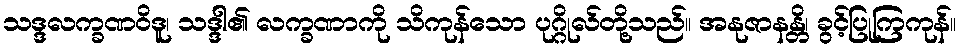
သဒ္ဒလက္ခဏဝိဒူ၊ သဒ္ဒါ၏ လက္ခဏာကို သိကုန်သော ပုဂ္ဂိုလ်တို့သည်။ အနုဇာနန္တိ၊ ခွင့်ပြုကြကုန်။